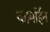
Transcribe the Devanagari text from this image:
कार्माईन